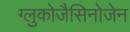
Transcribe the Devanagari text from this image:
ग्लुकोजैसिनोजेन